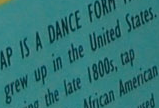
grew up in the United States.